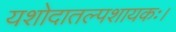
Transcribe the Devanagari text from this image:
यशोदातल्पशायकः।